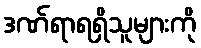
ဒဏ်ရာရရှိသူများကို